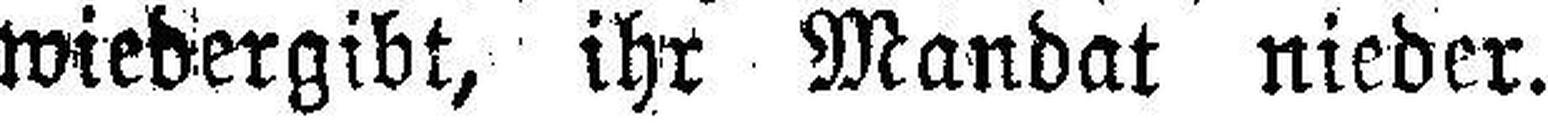
wiedergibt, ihr Mandat nieder.